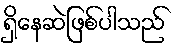
ရှိနေဆဲဖြစ်ပါသည်